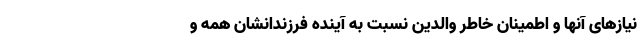
نیازهای آنها و اطمینان خاطر والدین نسبت به آینده فرزندانشان همه و